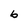
Character: b